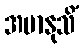
အမာနုသိံ